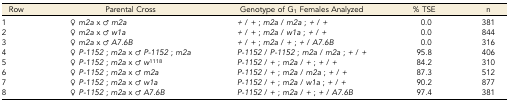
<table><thead><tr><td><b>Row</b></td><td><b>Parental Cross</b></td><td><b>Genotype of G<sub>1</sub> Females Analyzed</b></td><td><b>% TSE</b></td><td><b>n</b></td></tr></thead><tbody><tr><td>1</td><td>♀ <i>m2a</i> x ♂ <i>m2a</i></td><td><i>+</i> / <i>+</i> ; <i>m2a</i> / <i>m2a</i> ; <i>+</i> / <i>+</i></td><td>0.0</td><td>381</td></tr><tr><td>2</td><td>♀ <i>m2a</i> x ♂ <i>w1a</i></td><td><i>+</i> / <i>+</i> ; <i>m2a</i> / <i>w1a</i> ; <i>+</i> / <i>+</i></td><td>0.0</td><td>844</td></tr><tr><td>3</td><td>♀ <i>m2a</i> x ♂ <i>A7.6B</i></td><td><i>+</i> / <i>+</i> ; <i>m2a</i> / <i>+</i> ; <i>+</i> / <i>A7.6B</i></td><td>0.0</td><td>316</td></tr><tr><td>4</td><td>♀ <i>P-1152</i> ; <i>m2a</i> x ♂ <i>P-1152</i> ; <i>m2a</i></td><td><i>P-1152</i> / <i>P-1152</i> ; <i>m2a</i> / <i>m2a</i> ; <i>+</i> / <i>+</i></td><td>95.8</td><td>406</td></tr><tr><td>5</td><td>♀ <i>P-1152</i> ; <i>m2a</i> x ♂ <i>w</i><sup>1118</sup></td><td><i>P-1152</i> / <i>+</i> ; <i>m2a</i> / <i>+</i> ; <i>+</i> / <i>+</i></td><td>84.2</td><td>310</td></tr><tr><td>6</td><td>♀ <i>P-1152</i> ; <i>m2a</i> x ♂ <i>m2a</i></td><td><i>P-1152</i> / <i>+</i> ; <i>m2a</i> / <i>m2a</i> ; <i>+</i> / <i>+</i></td><td>87.3</td><td>512</td></tr><tr><td>7</td><td>♀ <i>P-1152</i> ; <i>m2a</i> x ♂ <i>w1a</i></td><td><i>P-1152</i> / <i>+</i> ; <i>m2a</i> / <i>w1a</i> ; <i>+</i> / <i>+</i></td><td>90.2</td><td>877</td></tr><tr><td>8</td><td>♀ <i>P-1152</i> ; <i>m2a</i> x ♂ <i>A7.6B</i></td><td><i>P-1152</i> / <i>+</i> ; <i>m2a</i> / <i>+</i> ; <i>+</i> / <i>A7.6B</i></td><td>97.4</td><td>381</td></tr></tbody></table>